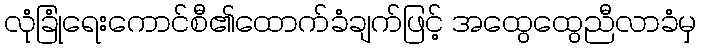
လုံခြုံရေးကောင်စီ၏ထောက်ခံချက်ဖြင့် အထွေထွေညီလာခံမှ